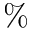
\%